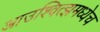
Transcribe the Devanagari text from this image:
आउश्वित्झमध्येच